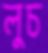
লুচ